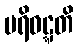
ပရိဝဋ္ဋတိ